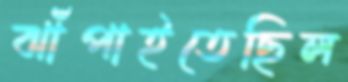
ঝাঁপাইতেছিল